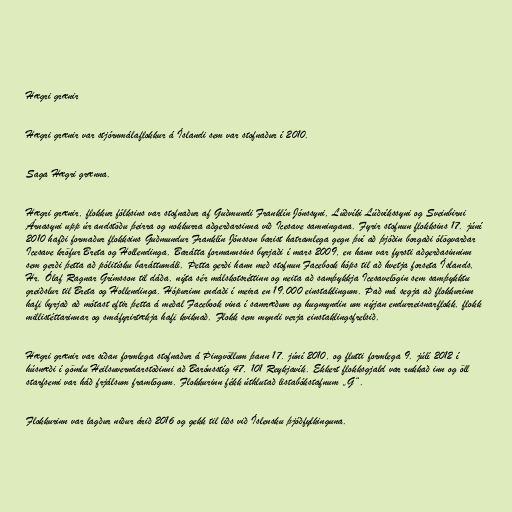
Hægri grænir

Hægri grænir var stjórnmálaflokkur á Íslandi sem var stofnaður í 2010.

Saga Hægri grænna.

Hægri grænir, flokkur fólksins var stofnaður af Guðmundi Franklín Jónssyni, Lúðvíki Lúðvíkssyni og Sveinbirni
Árnasyni upp úr andstöðu þeirra og nokkurra aðgerðarsinna við Icesave samningana. Fyrir stofnun flokksins 17. júní
2010 hafði formaður flokksins Guðmundur Franklín Jónsson barist hatramlega gegn því að þjóðin borgaði ólögvarðar
Icesave kröfur Breta og Hollendinga. Barátta formannsins byrjaði í mars 2009, en hann var fyrsti aðgerðasinninn
sem gerði þetta að pólitísku baráttumáli. Þetta gerði hann með stofnun Facebook hóps til að hvetja forseta Íslands,
Hr. Ólaf Ragnar Grímsson til dáða, nýta sér málskotsréttinn og neita að samþykkja Icesavelögin sem samþykktu
greiðslur til Breta og Hollendinga. Hópurinn endaði í meira en 19.000 einstaklingum. Það má segja að flokkurinn
hafi byrjað að mótast eftir þetta á meðal Facebook vina í samræðum og hugmyndin um nýjan endurreisnarflokk, flokk
millistéttarinnar og smáfyrirtækja hafi kviknað. Flokk sem myndi verja einstaklingsfrelsið.

Hægri grænir var síðan formlega stofnaður á Þingvöllum þann 17. júní 2010, og flutti formlega 9. júlí 2012 í
húsnæði í gömlu Heilsuverndarstöðinni að Barónsstíg 47, 101 Reykjavík. Ekkert flokksgjald var rukkað inn og öll
starfsemi var háð frjálsum framlögum. Flokkurinn fékk úthlutað listabókstafnum „G“.

Flokkurinn var lagður niður árið 2016 og gekk til liðs við Íslensku þjóðfylkinguna.